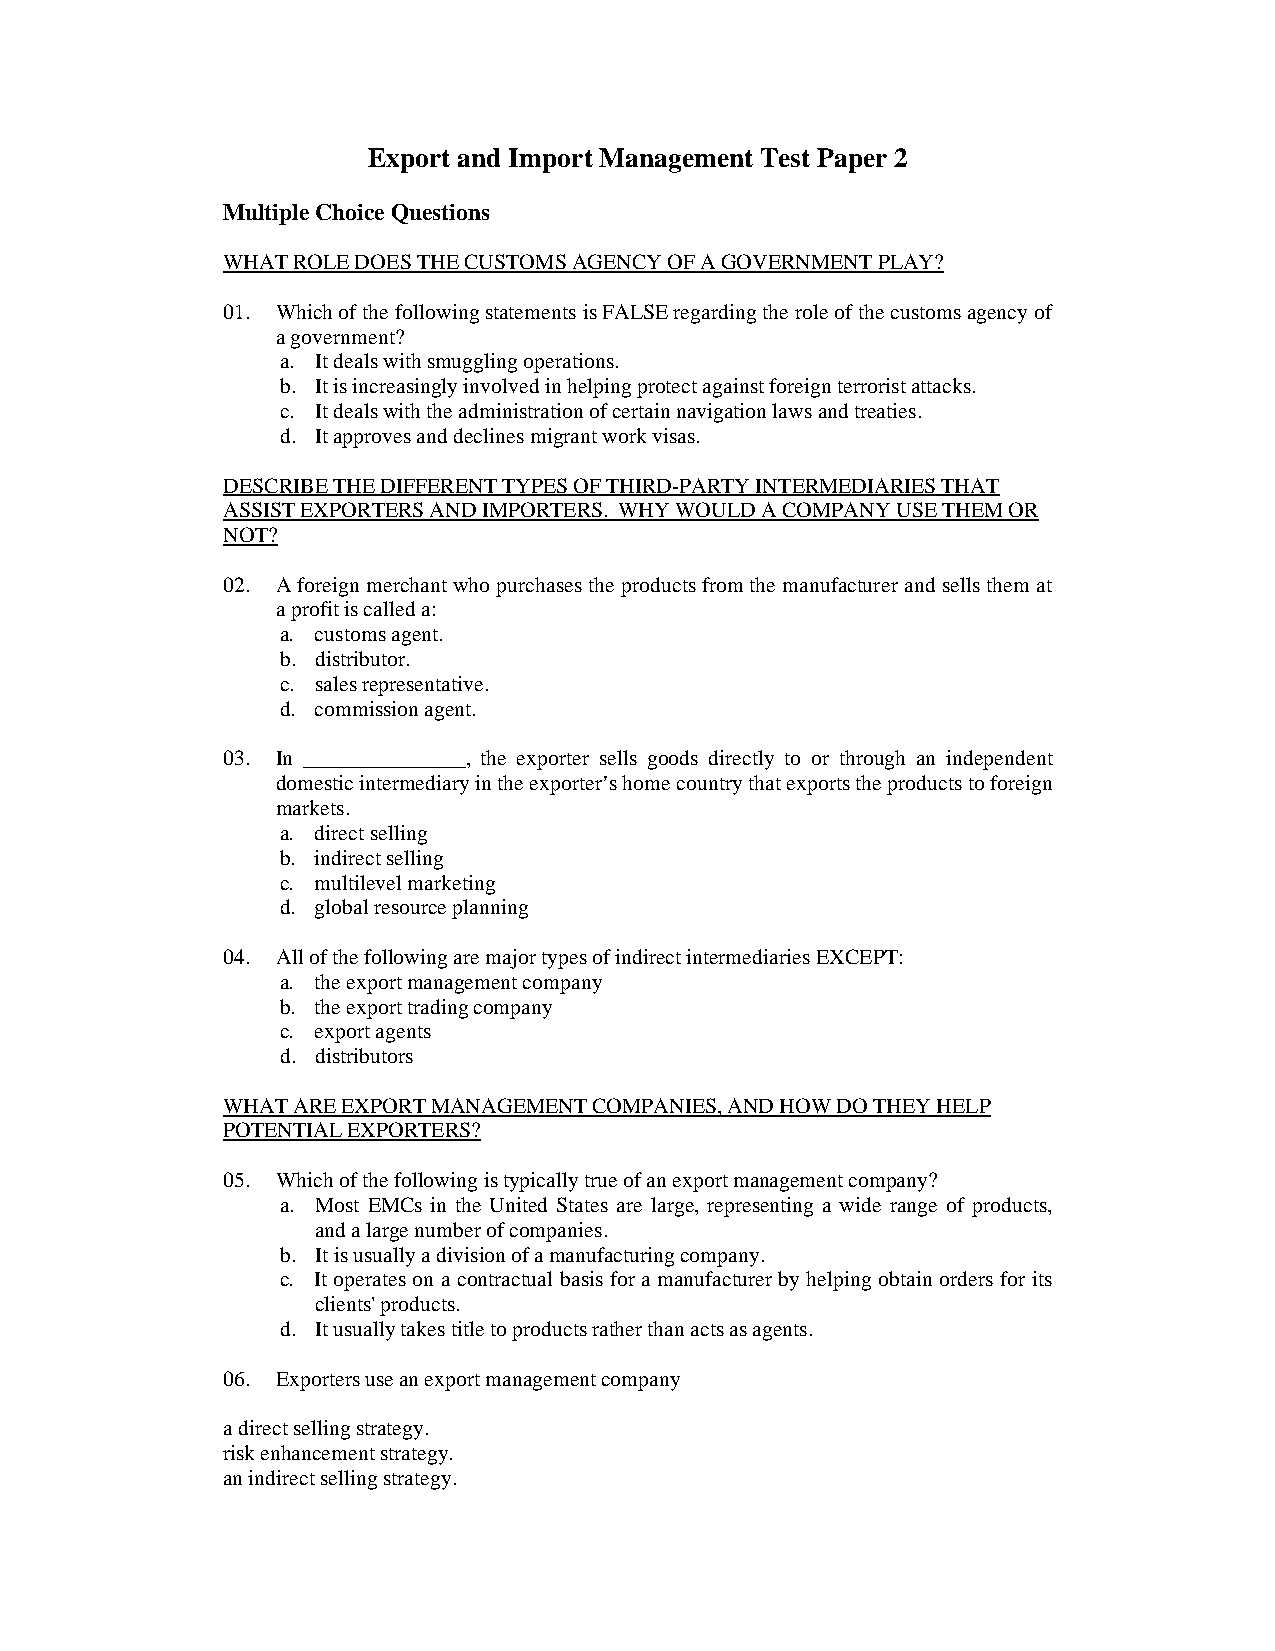
Export and Import Management Test Paper 2
 Multiple Choice Questions
 WHAT ROLE DOES THE CUSTOMS AGENCY OF A GOVERNMENT PLAY?
 01. Which of the following statements is FALSE regarding the role of the customs agency of
 a government?
 a. It deals with smuggling operations.
 b. It is increasingly involved in helping protect against foreign terrorist attacks.
 c. It deals with the administration of certain navigation laws and treaties.
 d. It approves and declines migrant work visas.
 DESCRIBE THE DIFFERENT TYPES OF THIRD-PARTY INTERMEDIARIES THAT
 ASSIST EXPORTERS AND IMPORTERS. WHY WOULD A COMPANY USE THEM OR
 NOT?
 02. A foreign merchant who purchases the products from the manufacturer and sells them at
 a profit is called a:
 a. customs agent.
 b. distributor.
 c. sales representative.
 d. commission agent.
 03. In _______________, the exporter sells goods directly to or through an independent
 domestic intermediary in the exporter’s home country that exports the products to foreign
 markets.
 a. direct selling
 b. indirect selling
 c. multilevel marketing
 d. global resource planning
 04. All of the following are major types of indirect intermediaries EXCEPT:
 a. the export management company
 b. the export trading company
 c. export agents
 d. distributors
 WHAT ARE EXPORT MANAGEMENT COMPANIES, AND HOW DO THEY HELP
 POTENTIAL EXPORTERS?
 05. Which of the following is typically true of an export management company?
 a. Most EMCs in the United States are large, representing a wide range of products,
 and a large number of companies.
 b. It is usually a division of a manufacturing company.
 c. It operates on a contractual basis for a manufacturer by helping obtain orders for its
 clients' products.
 d. It usually takes title to products rather than acts as agents.
 06. Exporters use an export management company
 a direct selling strategy.
 risk enhancement strategy.
 an indirect selling strategy.